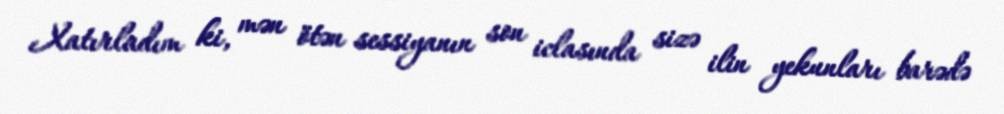
Xatırladım ki, mən ötən sessiyanın son iclasında sizə ilin yekunları barədə